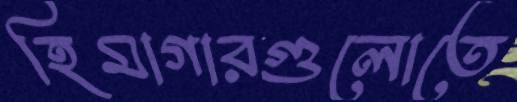
হিমাগারগুলোতে